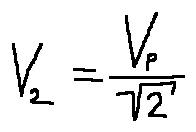
V _ { 2 } = \frac { V _ { P } } { \sqrt { 2 } }